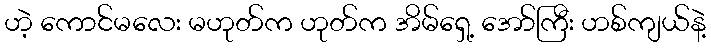
ဟဲ့ ကောင်မလေး မဟုတ်က ဟုတ်က အိမ်ရှေ့ အော်ကြီး ဟစ်ကျယ်နဲ့